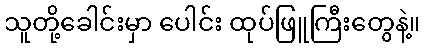
သူတို့ခေါင်းမှာ ပေါင်း ထုပ်ဖြူကြီးတွေနဲ့။